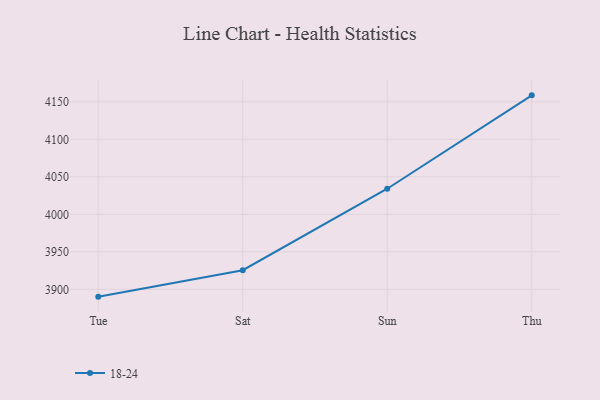
{"axis": {"x": "Day", "y": "Active Users"}, "legend": ["18-24"], "data": [{"x": "Tue", "y": 3890.2, "type": "18-24"}, {"x": "Sat", "y": 3925.5, "type": "18-24"}, {"x": "Sun", "y": 4034.1, "type": "18-24"}, {"x": "Thu", "y": 4158.6, "type": "18-24"}]}